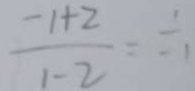
\frac { - 1 + 2 } { 1 - 2 } = \frac { 1 } { - 1 }